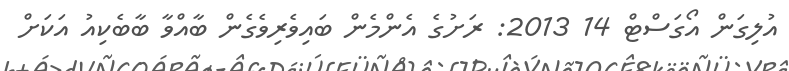
އުލިގަން އޯގަސްޓް 14 2013: ރަށުގެ އެންމެން ބައިވެރިވެގެން ބާއްވާ ބާބެކިއު އަކަށް